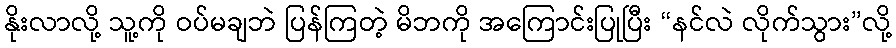
နိုးလာလို့ သူ့ကို ဝပ်မချဘဲ ပြန်ကြတဲ့ မိဘကို အကြောင်းပြုပြီး “နင်လဲ လိုက်သွား”လို့